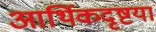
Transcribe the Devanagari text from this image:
आर्थिकदृष्टया